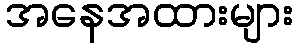
အနေအထားများ